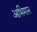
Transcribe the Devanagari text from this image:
आभिमान